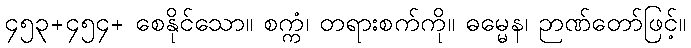
၄၅၃+၄၅၄+ စေနိုင်သော။ စက္ကံ၊ တရားစက်ကို။ ဓမ္မေန၊ ဉာဏ်တော်ဖြင့်။